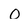
Character: 0